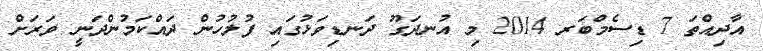
އާދިއްތަ 7 ޑިސެމްބަރ 2014 މި އުނދަގޫ ދަނޑިވަޅުގައި ފުލުހުން ދައްކަމުންދަނީ ވަރަށް